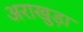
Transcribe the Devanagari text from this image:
अराखुड़ा